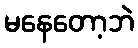
မနေတော့ဘဲ